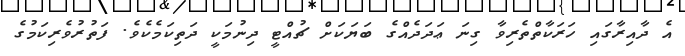
އެ ދާއިރާގައި ހަރަކާތްތެރިވާ ގިނަ ޢަދަދެއްގެ ބަޔަކަށް ޗުއްޓީ ދިނުމަކީ ދަތިކަމެކެވެ. ފަތުރުވެރިކަމުގެ